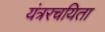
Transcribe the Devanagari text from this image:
यंत्ररचयिता